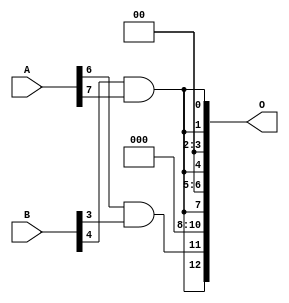
// This program was cloned from: https://github.com/ehw-fit/evoapproxlib
// License: MIT License

/***
* This code is a part of EvoApproxLib library (ehw.fit.vutbr.cz/approxlib) distributed under The MIT License.
* When used, please cite the following article(s): V. Mrazek, L. Sekanina, Z. Vasicek "Libraries of Approximate Circuits: Automated Design and Application in CNN Accelerators" IEEE Journal on Emerging and Selected Topics in Circuits and Systems, Vol 10, No 4, 2020 
* This file contains a circuit from a sub-set of pareto optimal circuits with respect to the pwr and mse parameters
***/
// MAE% = 9.40 %
// MAE = 770 
// WCE% = 35.66 %
// WCE = 2921 
// WCRE% = 300.00 %
// EP% = 96.48 %
// MRE% = 68.94 %
// MSE = 972416 
// PDK45_PWR = 0.0006 mW
// PDK45_AREA = 4.7 um2
// PDK45_DELAY = 0.04 ns

module mul8x5u_453 (
    A,
    B,
    O
);

input [7:0] A;
input [4:0] B;
output [12:0] O;

wire sig_114,sig_195;

assign sig_114 = A[6] & B[3];
assign sig_195 = B[4] & A[7];

assign O[12] = sig_195;
assign O[11] = sig_114;
assign O[10] = 1'b0;
assign O[9] = 1'b0;
assign O[8] = 1'b0;
assign O[7] = sig_195;
assign O[6] = 1'b0;
assign O[5] = 1'b0;
assign O[4] = sig_195;
assign O[3] = 1'b0;
assign O[2] = 1'b0;
assign O[1] = sig_195;
assign O[0] = sig_195;

endmodule